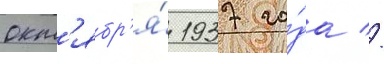
окт'ябр'я́ 1937 го́да //